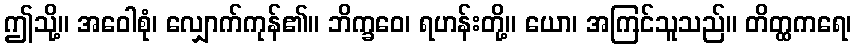
ဤသို့။ အဝေါစုံ၊ လျှောက်ကုန်၏။ ဘိက္ခဝေ၊ ရဟန်းတို့။ ယော၊ အကြင်သူသည်။ တိတ္ထကရေ၊